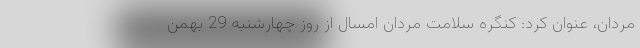
مردان، عنوان کرد: کنگره سلامت مردان امسال از روز چهارشنبه 29 بهمن